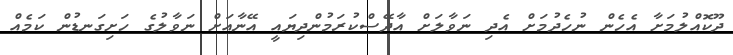
ދޫކޮއްލުމަށާ އެހެން ނުހެދުމަށް އެދި ނަވާލަށް އާދޭސްކުރަމުންދިޔައީ އޭނާއަށް ނަވާލުގެ ހަށިގަނޑުން ކަމެއް